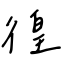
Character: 徨